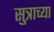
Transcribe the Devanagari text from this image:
सुत्राच्या